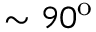
\sim 9 0 ^ { \mathrm { o } }